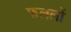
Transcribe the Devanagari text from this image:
फललों